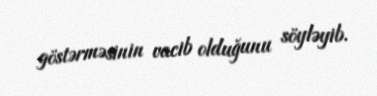
göstərməsinin vacib olduğunu söyləyib.